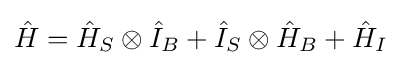
{\hat {H}}={\hat {H}}_{S}\otimes {\hat {I}}_{B}+{\hat {I}}_{S}\otimes {\hat {H}}_{B}+{\hat {H}}_{I}